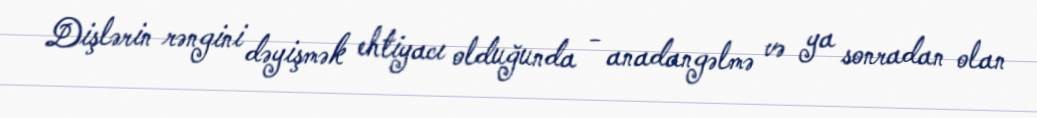
Dişlərin rəngini dəyişmək ehtiyacı olduğunda - anadangəlmə və ya sonradan olan